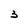
Character: 3